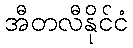
အီတလီနိုင်ငံ